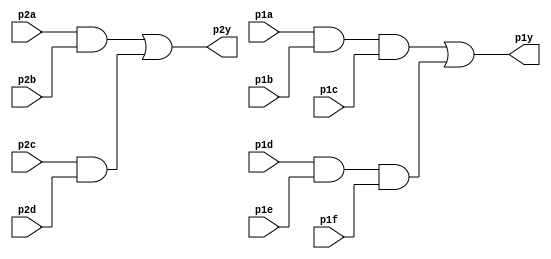
module top_module ( 
    input p1a, p1b, p1c, p1d, p1e, p1f,
    output p1y,
    input p2a, p2b, p2c, p2d,
    output p2y );
    
    wire a1;
    wire a2;
    
    wire b1;
    wire b2;
    
    assign a1 = p1a && p1b && p1c ;
    assign a2 = p1d && p1e && p1f ;
    assign p1y = a1 || a2;   

    assign b1 = p2a && p2b  ;   
    assign b2 = p2c && p2d  ;       
    assign p2y = b1 || b2;       
endmodule